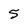
Character: 5